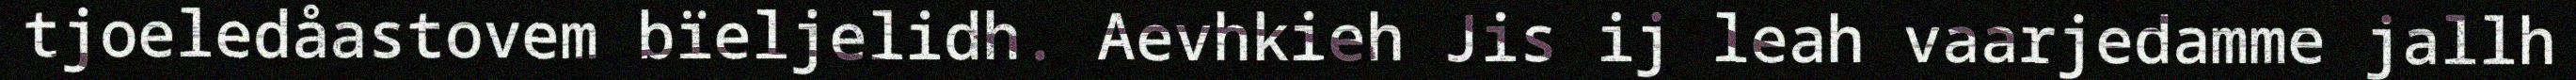
tjoeledåastovem bïeljelidh. Aevhkieh Jis ij leah vaarjedamme jallh